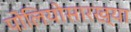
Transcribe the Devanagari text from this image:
पोलियोसारख्या